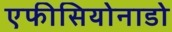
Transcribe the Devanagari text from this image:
एफीसियोनाडो